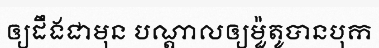
ឲ្យដឹងជាមុន បណ្តាលឲ្យម៉ួតូបានបុក